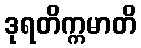
ဒုရတိက္ကမာတိ